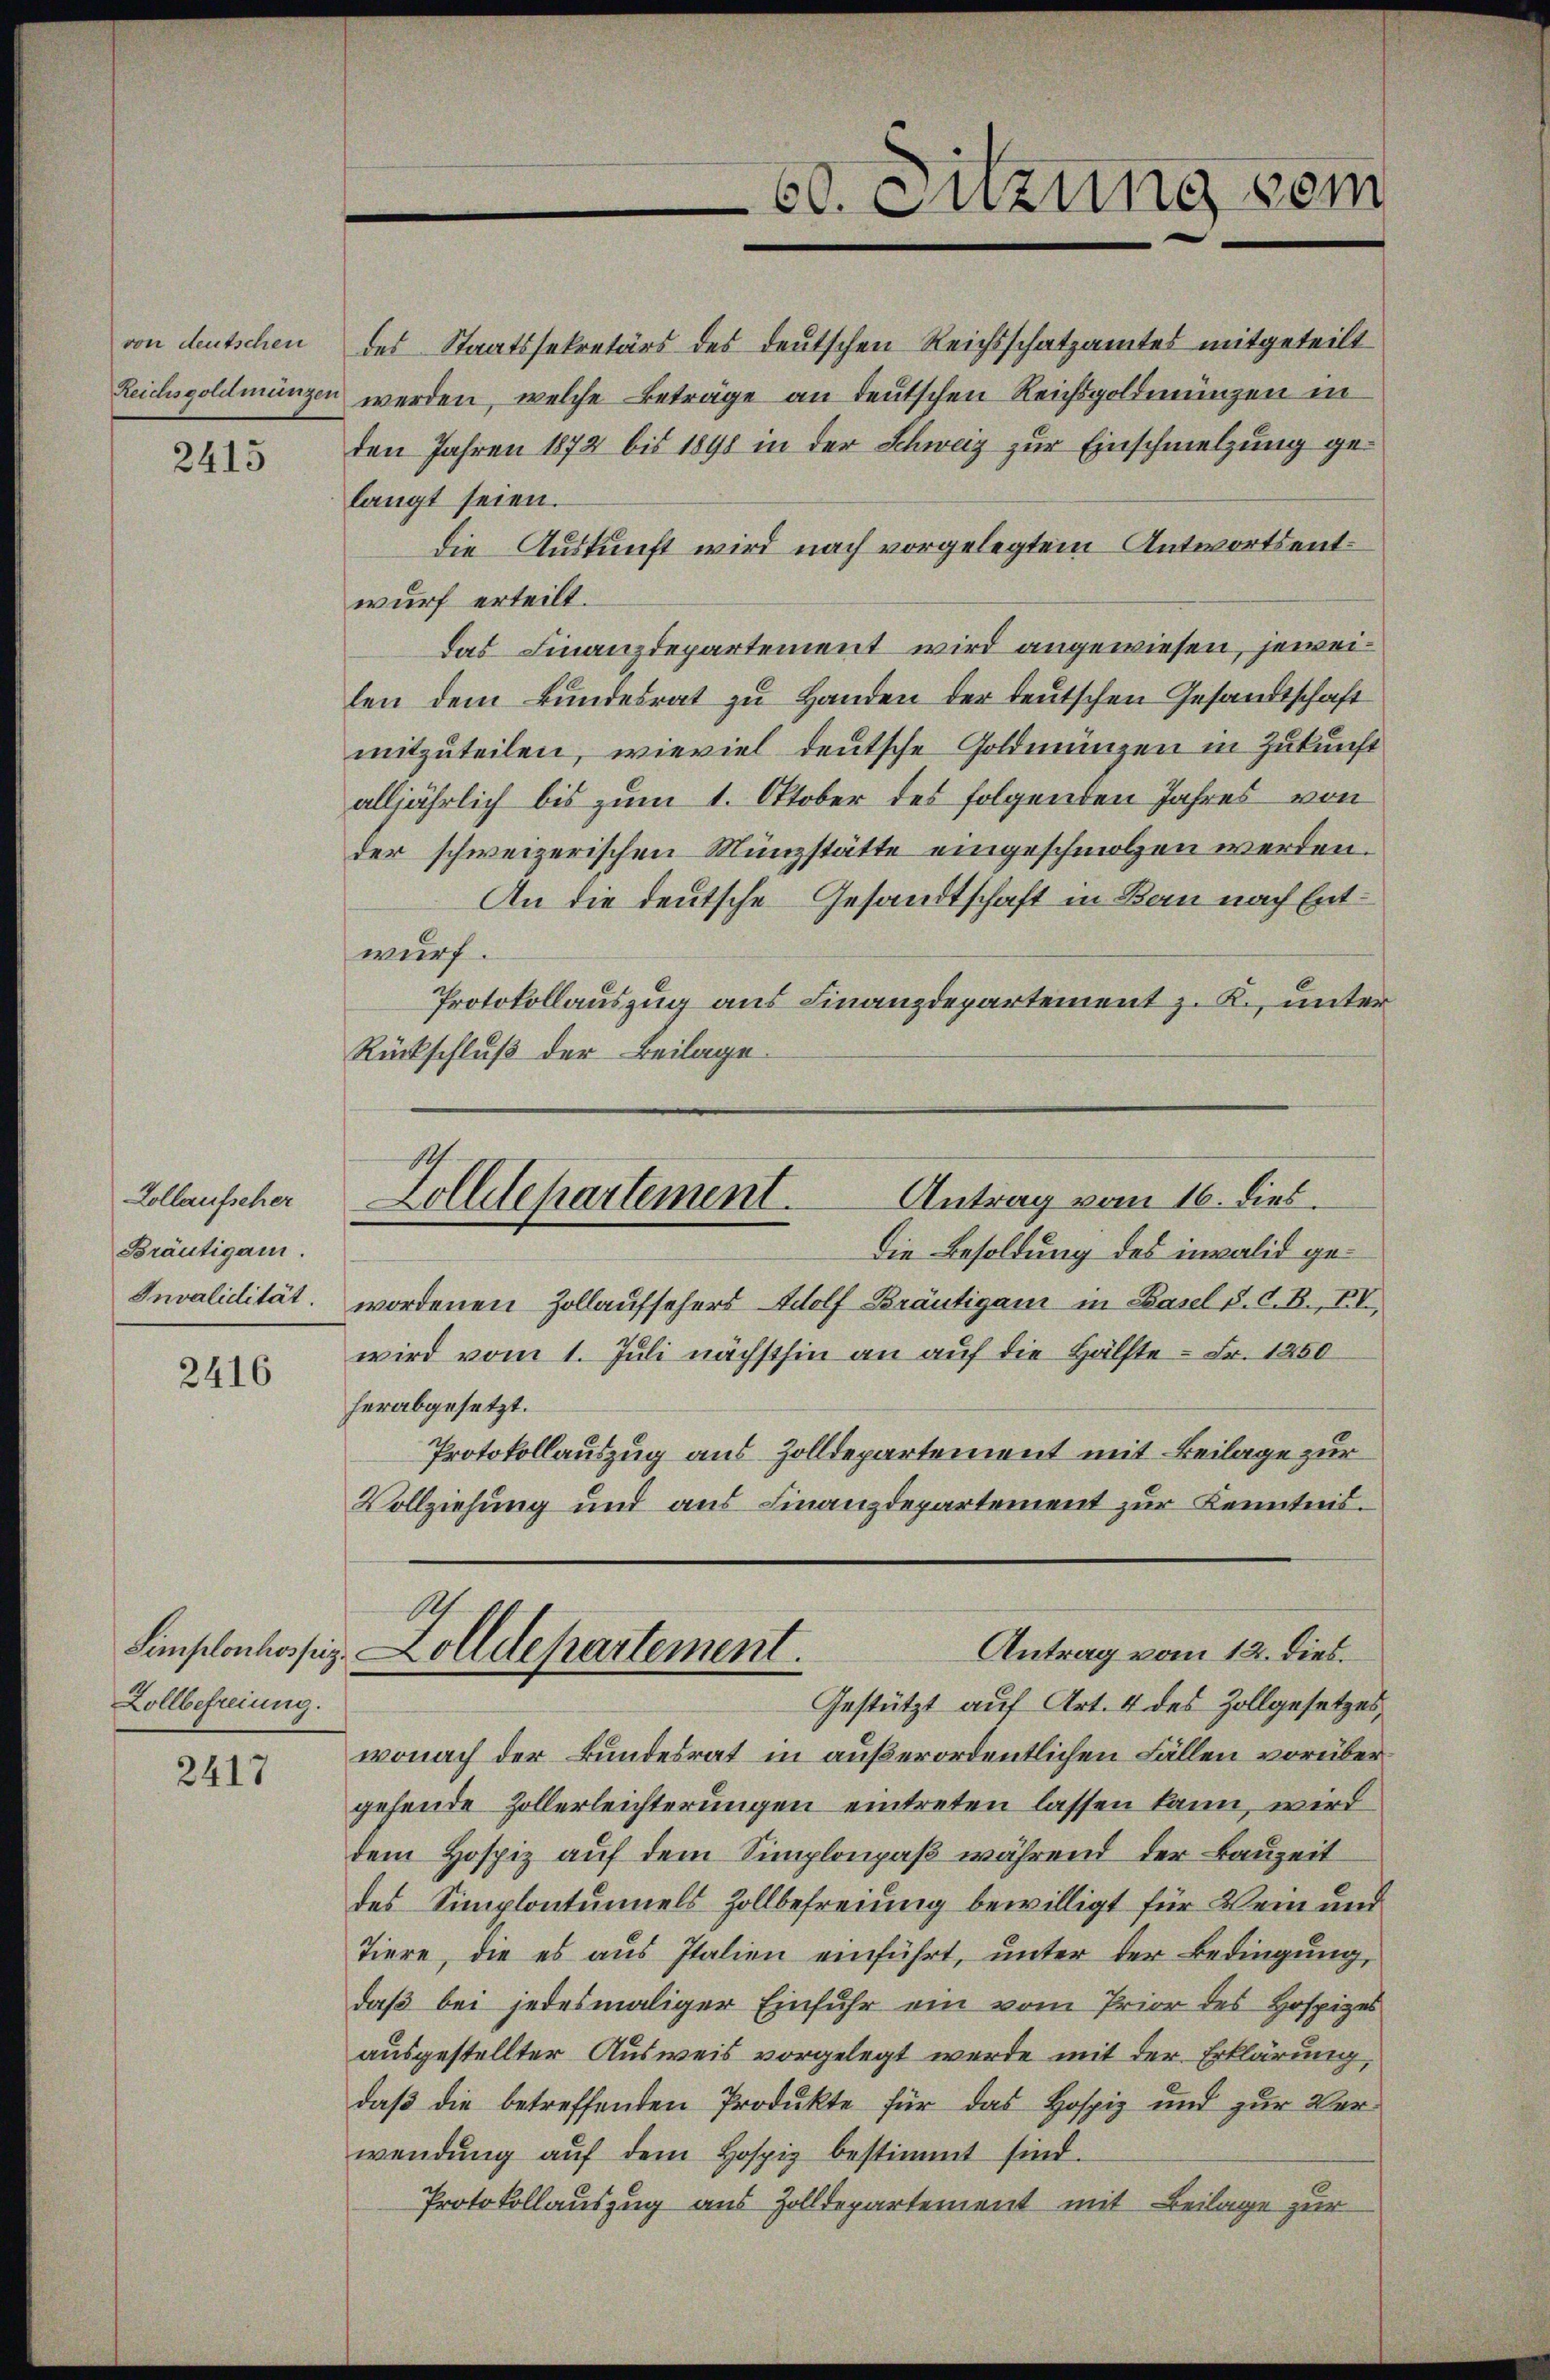
von deutschen
Reichsgoldmünzen

2415

Kollaufscher
Bräutigam.
Invalidität.

2416

Zollbefreiung.

2417

60. Sitzung vom

19
Antrag vom 16. dies.
Zolldepartement.

langt seien.
Die Auskunft wird nach vorgelegtem Antwortsentwurf erteilt.
das Finanzdepartement wird angewiesen, jeweilen dem Bundesrat zu Handen der teutschen Gesandtschaft
mitzuteilen, wieviel deutsche Goldmünzen in Zukunft
alljährlich bis zum 1. Oktober des folgenden Jahres von
der schweizerischen Münzstätte eingeschmolzen werden.
An die deutsche Gesandtschaft in Bau nach Entwurf.
Protokollauszug aus Finanzdepartement z. K., unter
Rückschluß der Beilage.
Die Besoldung des invalid gewordenen Zollaufsehers Wolf Bräutigam in Basel S. C. B., IV
wird vom 1. Juli nächsthin an auf die Hälfte - Fr. 1250
herabgesetzt.
Protokollauszug aus Zolldepartement mit Beilage zur
Vollziehung und aus Finanzdepartement zur Kenntnis.
A
Antrag vom 12. dies
Simplonhoss. Zolldepartement.
Gestützt auf Art. 4 des Zollgesetzes,
wonach der Bundesrat in außerordentlichen Fällen vorübergehende Zollerleichterungen eintreten lassen kann, wird
dem Hospiz auf dem Simplonpaß während der Bauzeit
des Simplontumels Zollbefreiung bewilligt für Dein und
Tiere, die es aus Italien einführt, unter der Bedingung,
daß bei jedesmaliger Einfuhr ein vom Prior des Hospizes
ausgestellter Ausweis vorgelegt werde mit der Erklärung,
daβ die betreffenden Produkte für das Hospiz und zur Ver-
wendŭng aŭf dem Hospiz bestimmt sind.
Protokollauszug aus Zolldepartement mit Beilage zur

des Staatssekretärs des deutschen Reichsschatzamtes mitgeteilt
werden, welche Beträge an deutschen Reichsgoldmünzen in
den Jahren 1872 bis 1898 in der Schweiz zur Einschmelzung ge¬